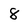
Character: 8